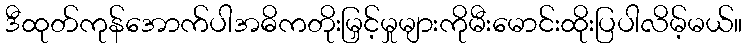
ဒီထုတ်ကုန်အောက်ပါအဓိကတိုးမြှင့်မှုများကိုမီးမောင်းထိုးပြပါလိမ့်မယ်။